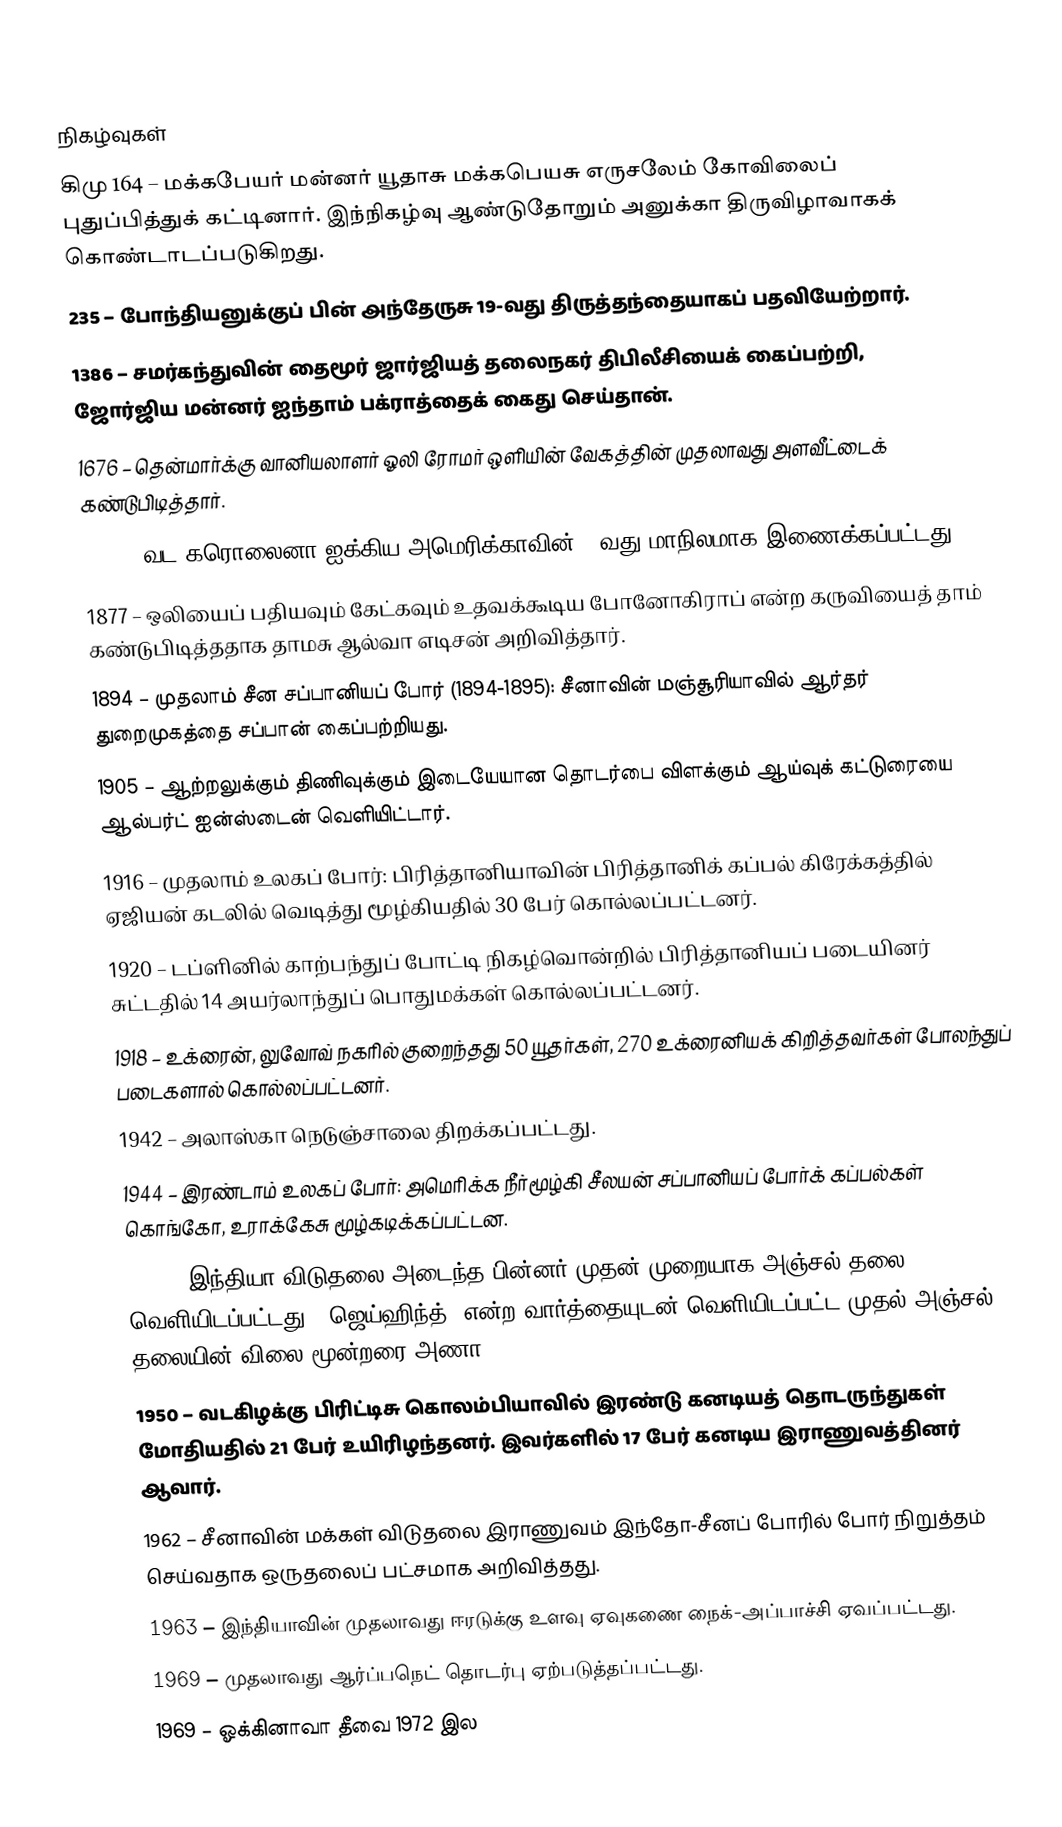

நிகழ்வுகள்
கிமு 164 – மக்கபேயர் மன்னர் யூதாசு மக்கபெயசு எருசலேம் கோவிலைப் புதுப்பித்துக் கட்டினார். இந்நிகழ்வு ஆண்டுதோறும் அனுக்கா திருவிழாவாகக் கொண்டாடப்படுகிறது.
235 – போந்தியனுக்குப் பின் அந்தேருசு 19-வது திருத்தந்தையாகப் பதவியேற்றார்.
1386 – சமர்கந்துவின் தைமூர் ஜார்ஜியத் தலைநகர் திபிலீசியைக் கைப்பற்றி, ஜோர்ஜிய மன்னர் ஐந்தாம் பக்ராத்தைக் கைது செய்தான்.
1676 – தென்மார்க்கு வானியலாளர் ஓலி ரோமர் ஒளியின் வேகத்தின் முதலாவது அளவீட்டைக் கண்டுபிடித்தார்.
1789 – வட கரொலைனா ஐக்கிய அமெரிக்காவின் 12வது மாநிலமாக இணைக்கப்பட்டது.
1877 – ஒலியைப் பதியவும் கேட்கவும் உதவக்கூடிய போனோகிராப் என்ற கருவியைத் தாம் கண்டுபிடித்ததாக தாமசு ஆல்வா எடிசன் அறிவித்தார்.
1894 – முதலாம் சீன சப்பானியப் போர் (1894-1895): சீனாவின் மஞ்சூரியாவில் ஆர்தர் துறைமுகத்தை சப்பான் கைப்பற்றியது.
1905 – ஆற்றலுக்கும் திணிவுக்கும் இடையேயான தொடர்பை விளக்கும் ஆய்வுக் கட்டுரையை ஆல்பர்ட் ஐன்ஸ்டைன் வெளியிட்டார்.
1916 – முதலாம் உலகப் போர்: பிரித்தானியாவின் பிரித்தானிக் கப்பல் கிரேக்கத்தில் ஏஜியன் கடலில் வெடித்து மூழ்கியதில் 30 பேர் கொல்லப்பட்டனர்.
1920 – டப்ளினில் காற்பந்துப் போட்டி நிகழ்வொன்றில் பிரித்தானியப் படையினர் சுட்டதில் 14 அயர்லாந்துப் பொதுமக்கள் கொல்லப்பட்டனர்.
1918 – உக்ரைன், லுவோவ் நகரில் குறைந்தது 50 யூதர்கள், 270 உக்ரைனியக் கிறித்தவர்கள் போலந்துப் படைகளால் கொல்லப்பட்டனர்.
1942 – அலாஸ்கா நெடுஞ்சாலை திறக்கப்பட்டது.
1944 – இரண்டாம் உலகப் போர்: அமெரிக்க நீர்மூழ்கி சீலயன் சப்பானியப் போர்க் கப்பல்கள் கொங்கோ, உராக்கேசு மூழ்கடிக்கப்பட்டன.
1947 – இந்தியா விடுதலை அடைந்த பின்னர் முதன் முறையாக அஞ்சல் தலை வெளியிடப்பட்டது. "ஜெய்ஹிந்த்' என்ற வார்த்தையுடன் வெளியிடப்பட்ட முதல் அஞ்சல் தலையின் விலை மூன்றரை அணா.
1950 – வடகிழக்கு பிரிட்டிசு கொலம்பியாவில் இரண்டு கனடியத் தொடருந்துகள் மோதியதில் 21 பேர் உயிரிழந்தனர். இவர்களில் 17 பேர் கனடிய இராணுவத்தினர் ஆவார்.
1962 – சீனாவின் மக்கள் விடுதலை இராணுவம் இந்தோ-சீனப் போரில் போர் நிறுத்தம் செய்வதாக ஒருதலைப் பட்சமாக அறிவித்தது.
1963 – இந்தியாவின் முதலாவது ஈரடுக்கு உளவு ஏவுகணை நைக்-அப்பாச்சி ஏவப்பட்டது.
1969 – முதலாவது ஆர்ப்பநெட் தொடர்பு ஏற்படுத்தப்பட்டது.
1969 – ஓக்கினாவா தீவை 1972 இல